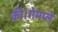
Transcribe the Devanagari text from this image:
की।गेमप्ले